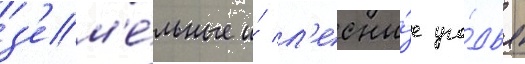
з'ем'е́льные и́ л'есны́е уго́дья